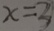
x = 3